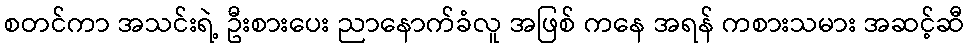
စတင်ကာ အသင်းရဲ့ ဦးစားပေး ညာနောက်ခံလူ အဖြစ် ကနေ အရန် ကစားသမား အဆင့်ဆီ